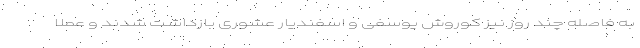
به فاصله چند روز نیز کوروش یوسفی و اسفندیار عشوری بازداشت شدند و عملا